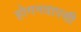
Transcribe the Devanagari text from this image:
होगनवापसी